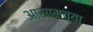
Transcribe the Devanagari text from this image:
अासामच्या